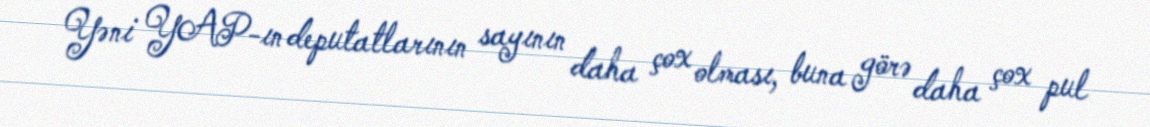
Yəni YAP-ın deputatlarının sayının daha çox olması, buna görə daha çox pul